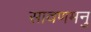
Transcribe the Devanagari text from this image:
सावणमनु